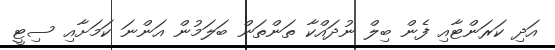
އަދި ކަރަންޓާއި ފެން ބިލް ނުދައްކާ ތަންތަން ބަލަމުން އަންނަ ކަމަށާއި ސިޓީ